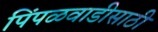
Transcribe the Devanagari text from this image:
पिंपळवाडीसाठी